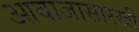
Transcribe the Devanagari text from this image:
आवाजासारखी